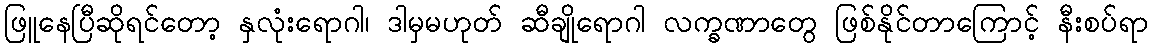
ဖြူနေပြီဆိုရင်တော့ နှလုံးရောဂါ၊ ဒါမှမဟုတ် ဆီချိုရောဂါ လက္ခဏာတွေ ဖြစ်နိုင်တာကြောင့် နီးစပ်ရာ